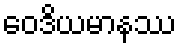
ဝေဒိယမာနဿ